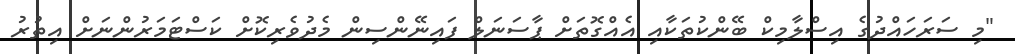
"މި ސަރަހައްދުގެ އިސްލާމިކް ބޭންކުތަކާއި އެއްގޮތަށް ޕާސަނަލް ފައިނޭންސިން މެދުވެރިކޮށް ކަސްޓަމަރުންނަށް އިތުރު